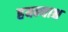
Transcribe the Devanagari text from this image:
हयन्याश्च